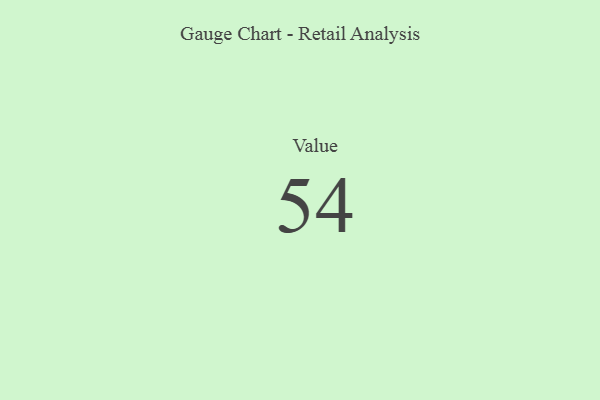
{"axis": {"x": "Metric", "y": "Value"}, "legend": [""], "data": [{"x": "Value", "y": 54, "type": ""}]}